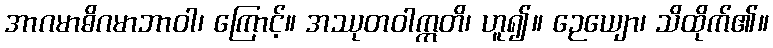
အာဂမာဓိဂမာဘာဝါ၊ ကြောင့်။ အဿုတဝါဣတိ၊ ဟူ၍။ ဉေယျော၊ သိထိုက်၏။